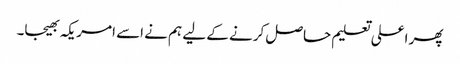
پھر اعلی تعلیم حاصل کرنے کے لیے ہم نے اسے امریکہ بھیجا۔